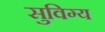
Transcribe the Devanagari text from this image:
सुविग्य